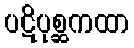
ပဋိပုစ္ဆကထာ